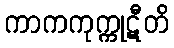
ကာကကုက္ကုဋီတိ